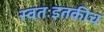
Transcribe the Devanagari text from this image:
स्वतःइतकीच